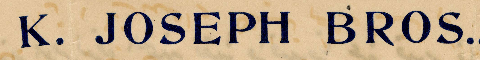
K. JOSEPH BROS.,